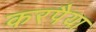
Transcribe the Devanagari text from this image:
करपैया